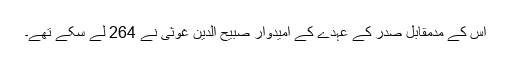
اس کے مدمقابل صدر کے عہدے کے امیدوار صبیح الدین غوثی نے 264 لے سکے تھے۔